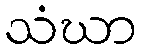
သံဃာ